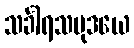
သင်္ခါရသမုဒယေ